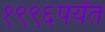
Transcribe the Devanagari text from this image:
१९९६पर्यंत